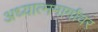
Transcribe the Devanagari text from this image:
अध्यात्ममार्गावर